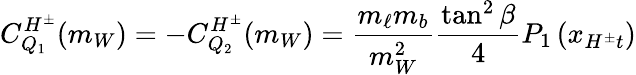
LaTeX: C_{Q_{1}}^{H^{\pm}}(m_{W})=-C_{Q_{2}}^{H^{\pm}}(m_{W})=\frac{m_{\ell}m_{b}}{m_{W}^{2}}\frac{\tan^{2}\beta}{4}P_{1}\left(x_{H^{\pm}t}\right)